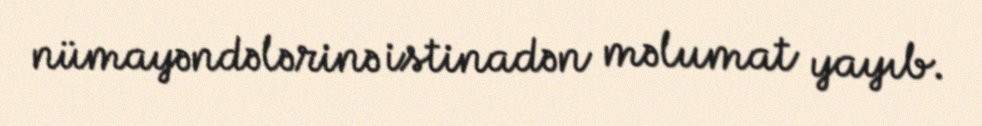
nümayəndələrinə istinadən məlumat yayıb.